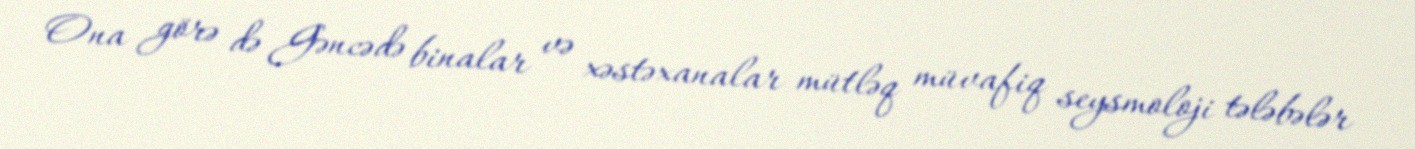
Ona görə də Gəncədə binalar və xəstəxanalar mütləq müvafiq seysmoloji tələbələr